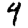
Digit: 4